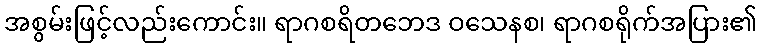
အစွမ်းဖြင့်လည်းကောင်း။ ရာဂစရိတဘေဒ ဝသေနစ၊ ရာဂစရိုက်အပြား၏